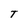
Character: T